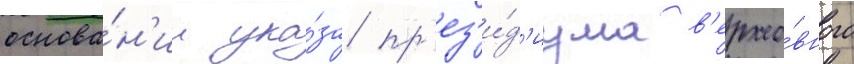
основа́н'ии ука́за пр'ез'и́д'иума в'ерхо́вного